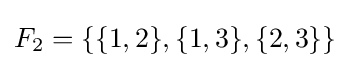
F_{2}=\left\{\{1,2\},\{1,3\},\{2,3\}\right\}